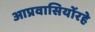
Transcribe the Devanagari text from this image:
आप्रवासियोंरहे